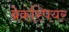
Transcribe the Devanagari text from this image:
ब्रेकस्पियर